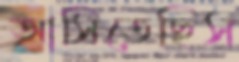
আসিতেছিস